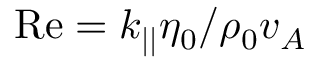
\mathrm { R e } = k _ { | | } \eta _ { 0 } / \rho _ { 0 } v _ { A }